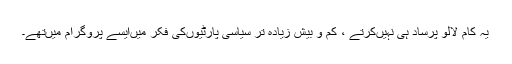
یہ کام لالو پرساد ہی نہیںکرتے ، کم و بیش زیادہ تر سیاسی پارٹیوںکی فکر میںایسے پروگرام میںتھے۔